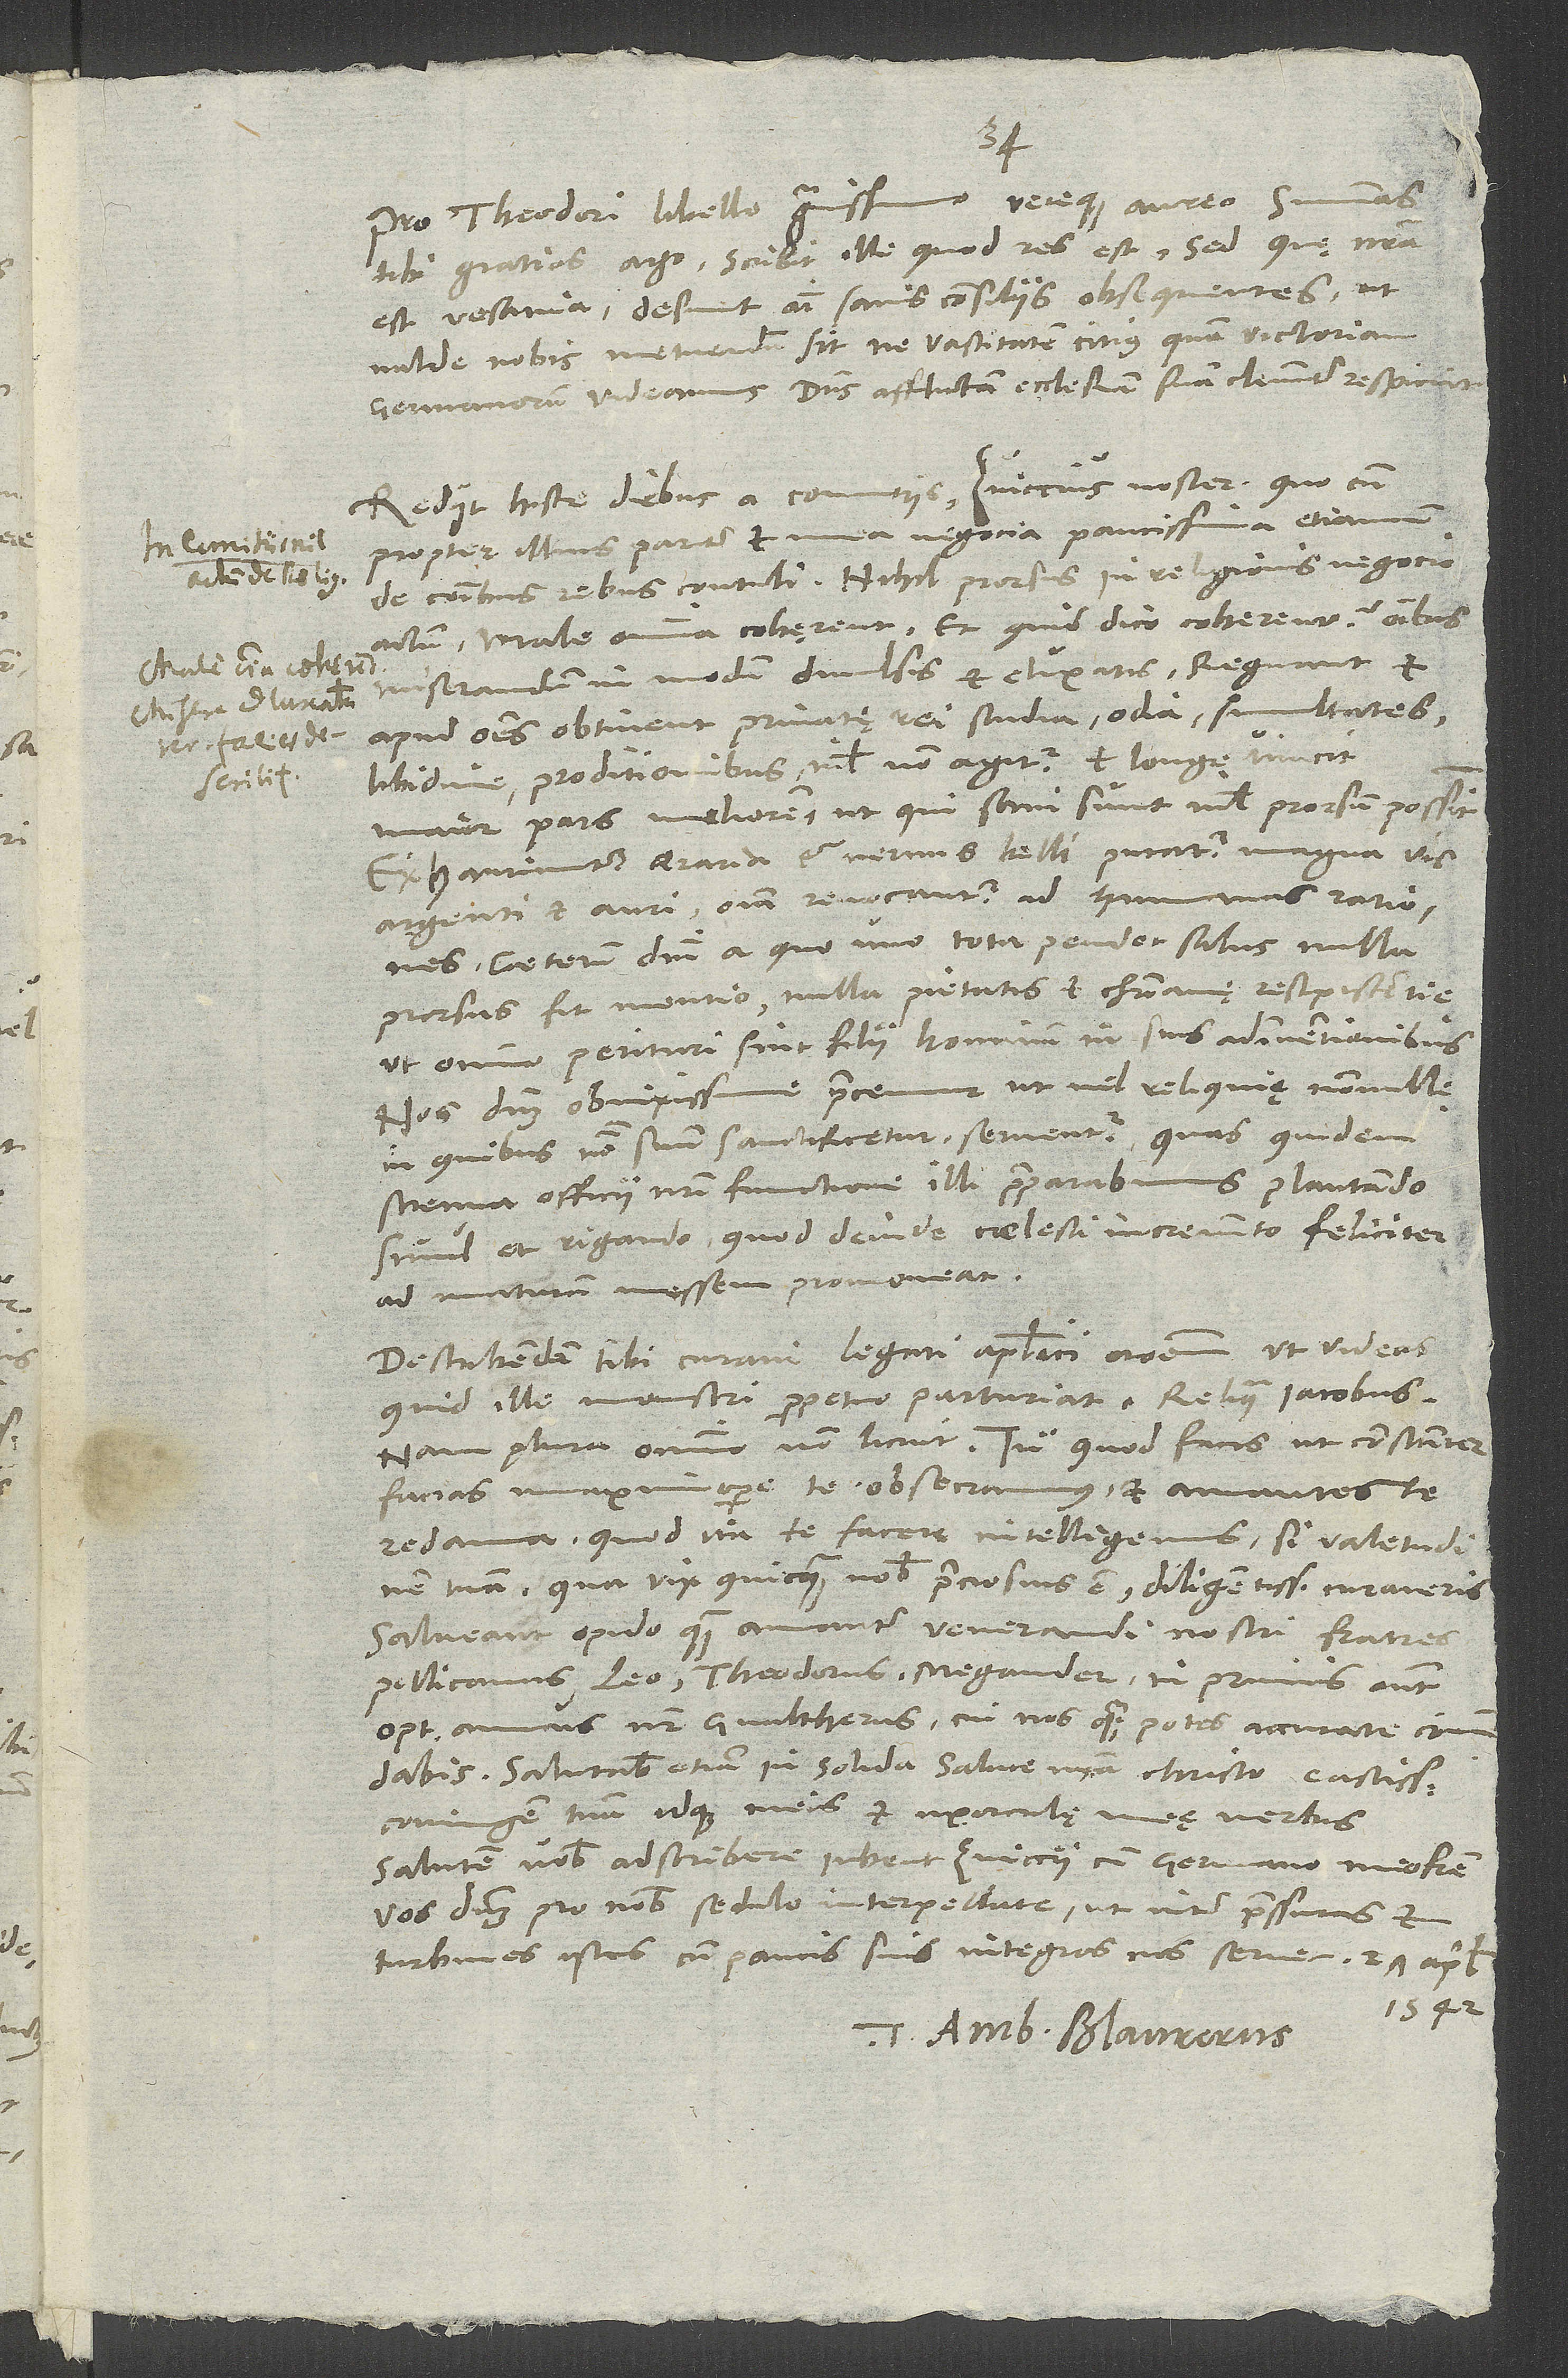
S.

Pro Theodori libello gravissimo vereque aureo summas
tibi gratias ago. Scribit ille, quod res est; sed quę nostra
est vesania: Desunt animi sanis consiliis obsequentes, ut
valde nobis metuendum sit, ne vastitatem citius quam victoriam
Germanorum videamus. Dominus afflictam ecclesiam suam clementer respiciat!
Rediit hisce diebus a comitiis Zviccius noster, quocum
propter illius pariter et mea negocia paucissima etiamnum
actum; male omnia cohęrent, et quid dico „cohęrent“ omnibus
miserandum in modum divulsis et eluxatis? Regnant et
apud omnes obtinent privatę rei studia, odia, simultates;
libidine, proditionibus nihil non agitur, et longe vincit
maior pars meliorem, ut, qui sani sunt, nihil prorsum possint.
Exhauriuntur aeraria et nervus belli putatur magna vis
argenti et auri; omnia revocantur ad humanas rationes;
caeterum domini, a quo uno tota pendet salus, nulla
prorsus fit mentio, nulla pietatis et christianę resipiscentię,
ut omnino perituri sint filii hominum in suis adinventionibus.
Nos dominum obnixissime precemur, ut vel reliquię nonnullę,
in quibus nomen suum sanctificetur, serventur, quas quidem
strenua officii nostri functione illi praeparabimus plantando
simul et rigando, quod deinde coelesti incremento feliciter
ad maturam messem promoveat.
Describendam tibi curavi legati apostolici orationem, ut videas,
quid ille monstri perpetuo parturiat. Reliqua Iacobus;
nam plura omnino non licuit. Tu, quod facis, ut constanter
facias, maximopere te obsecramus, et amantes
redama, quod ita te facere intelligemus, si valetudinem
tuam, qua vix quicquam nobis preciosius est, diligentissime curaveris.
Salveant opido quam amanter venerandi nostri fratres
Pellicanus, Leo, Theodorus, Megander, inprimis autem
optimus amicus noster Gvaltherus, cui nos, quam potes accurate, commendabis.
Salutabis etiam in solida salute nostra, Christo, castissimam
coniugem tuam idque meis et uxorculę meę verbis.
Salutem vobis adscribere iubent Zviccii cum germano meo fratre.
Vos dominum pro nobis sedulo interpellate, ut inter pressuras et
turbines istos cum paucis suis integros nos servet. 27. aprilis
1542.
Tuus Amb. Blaurerus.